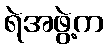
ရဲအဖွဲ့က